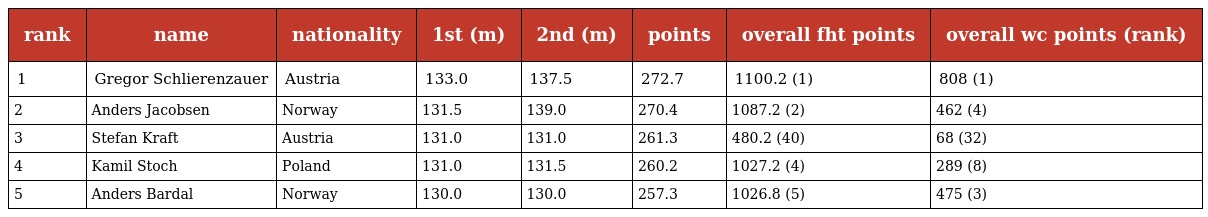
| rank | name | nationality | 1st (m) | 2nd (m) | points | overall fht points | overall wc points (rank) |
 | --- | --- | --- | --- | --- | --- | --- | --- |
 | 1 | Gregor Schlierenzauer | Austria | 133.0 | 137.5 | 272.7 | 1100.2 (1) | 808 (1) |
 | 2 | Anders Jacobsen | Norway | 131.5 | 139.0 | 270.4 | 1087.2 (2) | 462 (4) |
 | 3 | Stefan Kraft | Austria | 131.0 | 131.0 | 261.3 | 480.2 (40) | 68 (32) |
 | 4 | Kamil Stoch | Poland | 131.0 | 131.5 | 260.2 | 1027.2 (4) | 289 (8) |
 | 5 | Anders Bardal | Norway | 130.0 | 130.0 | 257.3 | 1026.8 (5) | 475 (3) |